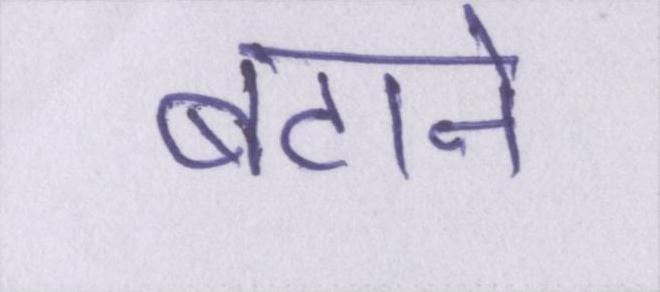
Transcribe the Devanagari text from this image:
बटाने